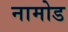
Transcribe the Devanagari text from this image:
नामोड